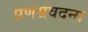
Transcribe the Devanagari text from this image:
प्रणम्रवदना